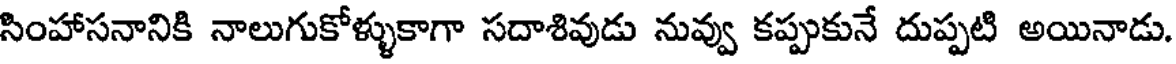
సింహాసనానికి నాలుగుకోళ్ళుకాగా సదాశివుడు నువ్వు కప్పుకునే దుప్పటి అయినాడు.